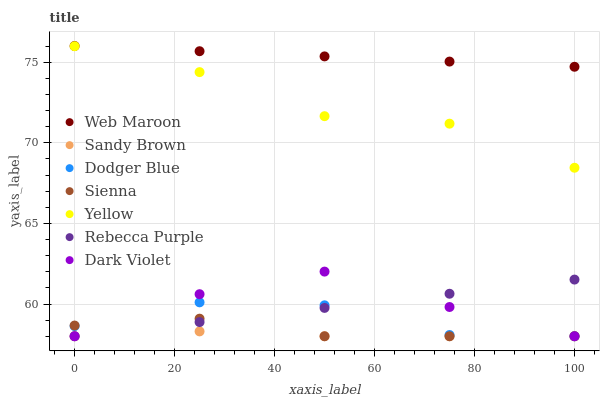
| xaxis_label | Web Maroon | Sandy Brown | Dodger Blue | Sienna | Yellow | Rebecca Purple | Dark Violet |
 | --- | --- | --- | --- | --- | --- | --- | --- |
 | 0 | 76 | 58 | 58.6 | 58.7 | 76 | 58 | 58 |
 | 25 | 75.7 | 58.3 | 60.1 | 59.1 | 74.4 | 58.9 | 60.6 |
 | 50 | 75.4 | 58 | 59.9 | 58 | 71.6 | 59.8 | 62 |
 | 75 | 75 | 58 | 58.1 | 58 | 71.2 | 60.6 | 59.8 |
 | 100 | 74.7 | 58 | 58 | 58 | 68.5 | 61.5 | 58 |